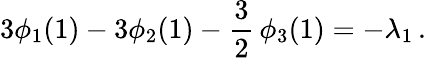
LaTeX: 3\phi_{1}(1)-3\phi_{2}(1)-\frac 32\, \phi_{3}(1)=-\lambda_{1}\, .